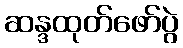
ဆန္ဒထုတ်ဖော်ပွဲ